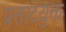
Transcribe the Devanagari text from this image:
प्रसादयुक्त